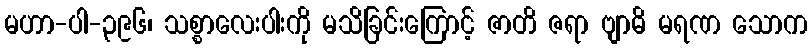
မဟာ-ပါ-၃၉၆၊ သစ္စာလေးပါးကို မသိခြင်းကြောင့် ဇာတိ ဇရာ ဗျာဓိ မရဏ သောက